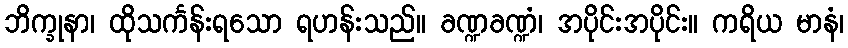
ဘိက္ခုနာ၊ ထိုသင်္ကန်းရသော ရဟန်းသည်။ ခဏ္ဍခဏ္ဍံ၊ အပိုင်းအပိုင်း။ ကရိယ မာနံ၊